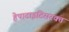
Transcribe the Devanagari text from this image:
हेपाटाइटिसरक्त